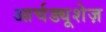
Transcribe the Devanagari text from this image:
आर्चड्यूशेज़